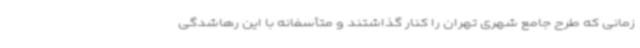
زمانی که طرح جامع شهری تهران را کنار گذاشتند و متأسفانه با این رهاشدگی